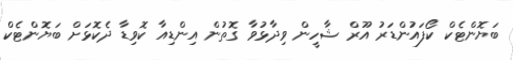
ބަޔޮންޓެކް ކޯފައުންޑަރު އޫރް ޝާހީން ވިދާޅުވާ ގޮތުން އިންޑިއާ ކޮވިޑާ ދެކޮޅަށް ބަޔޮންޓެކް